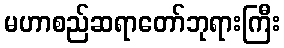
မဟာစည်ဆရာတော်ဘုရားကြီး